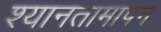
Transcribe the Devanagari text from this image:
श्यानतामापन